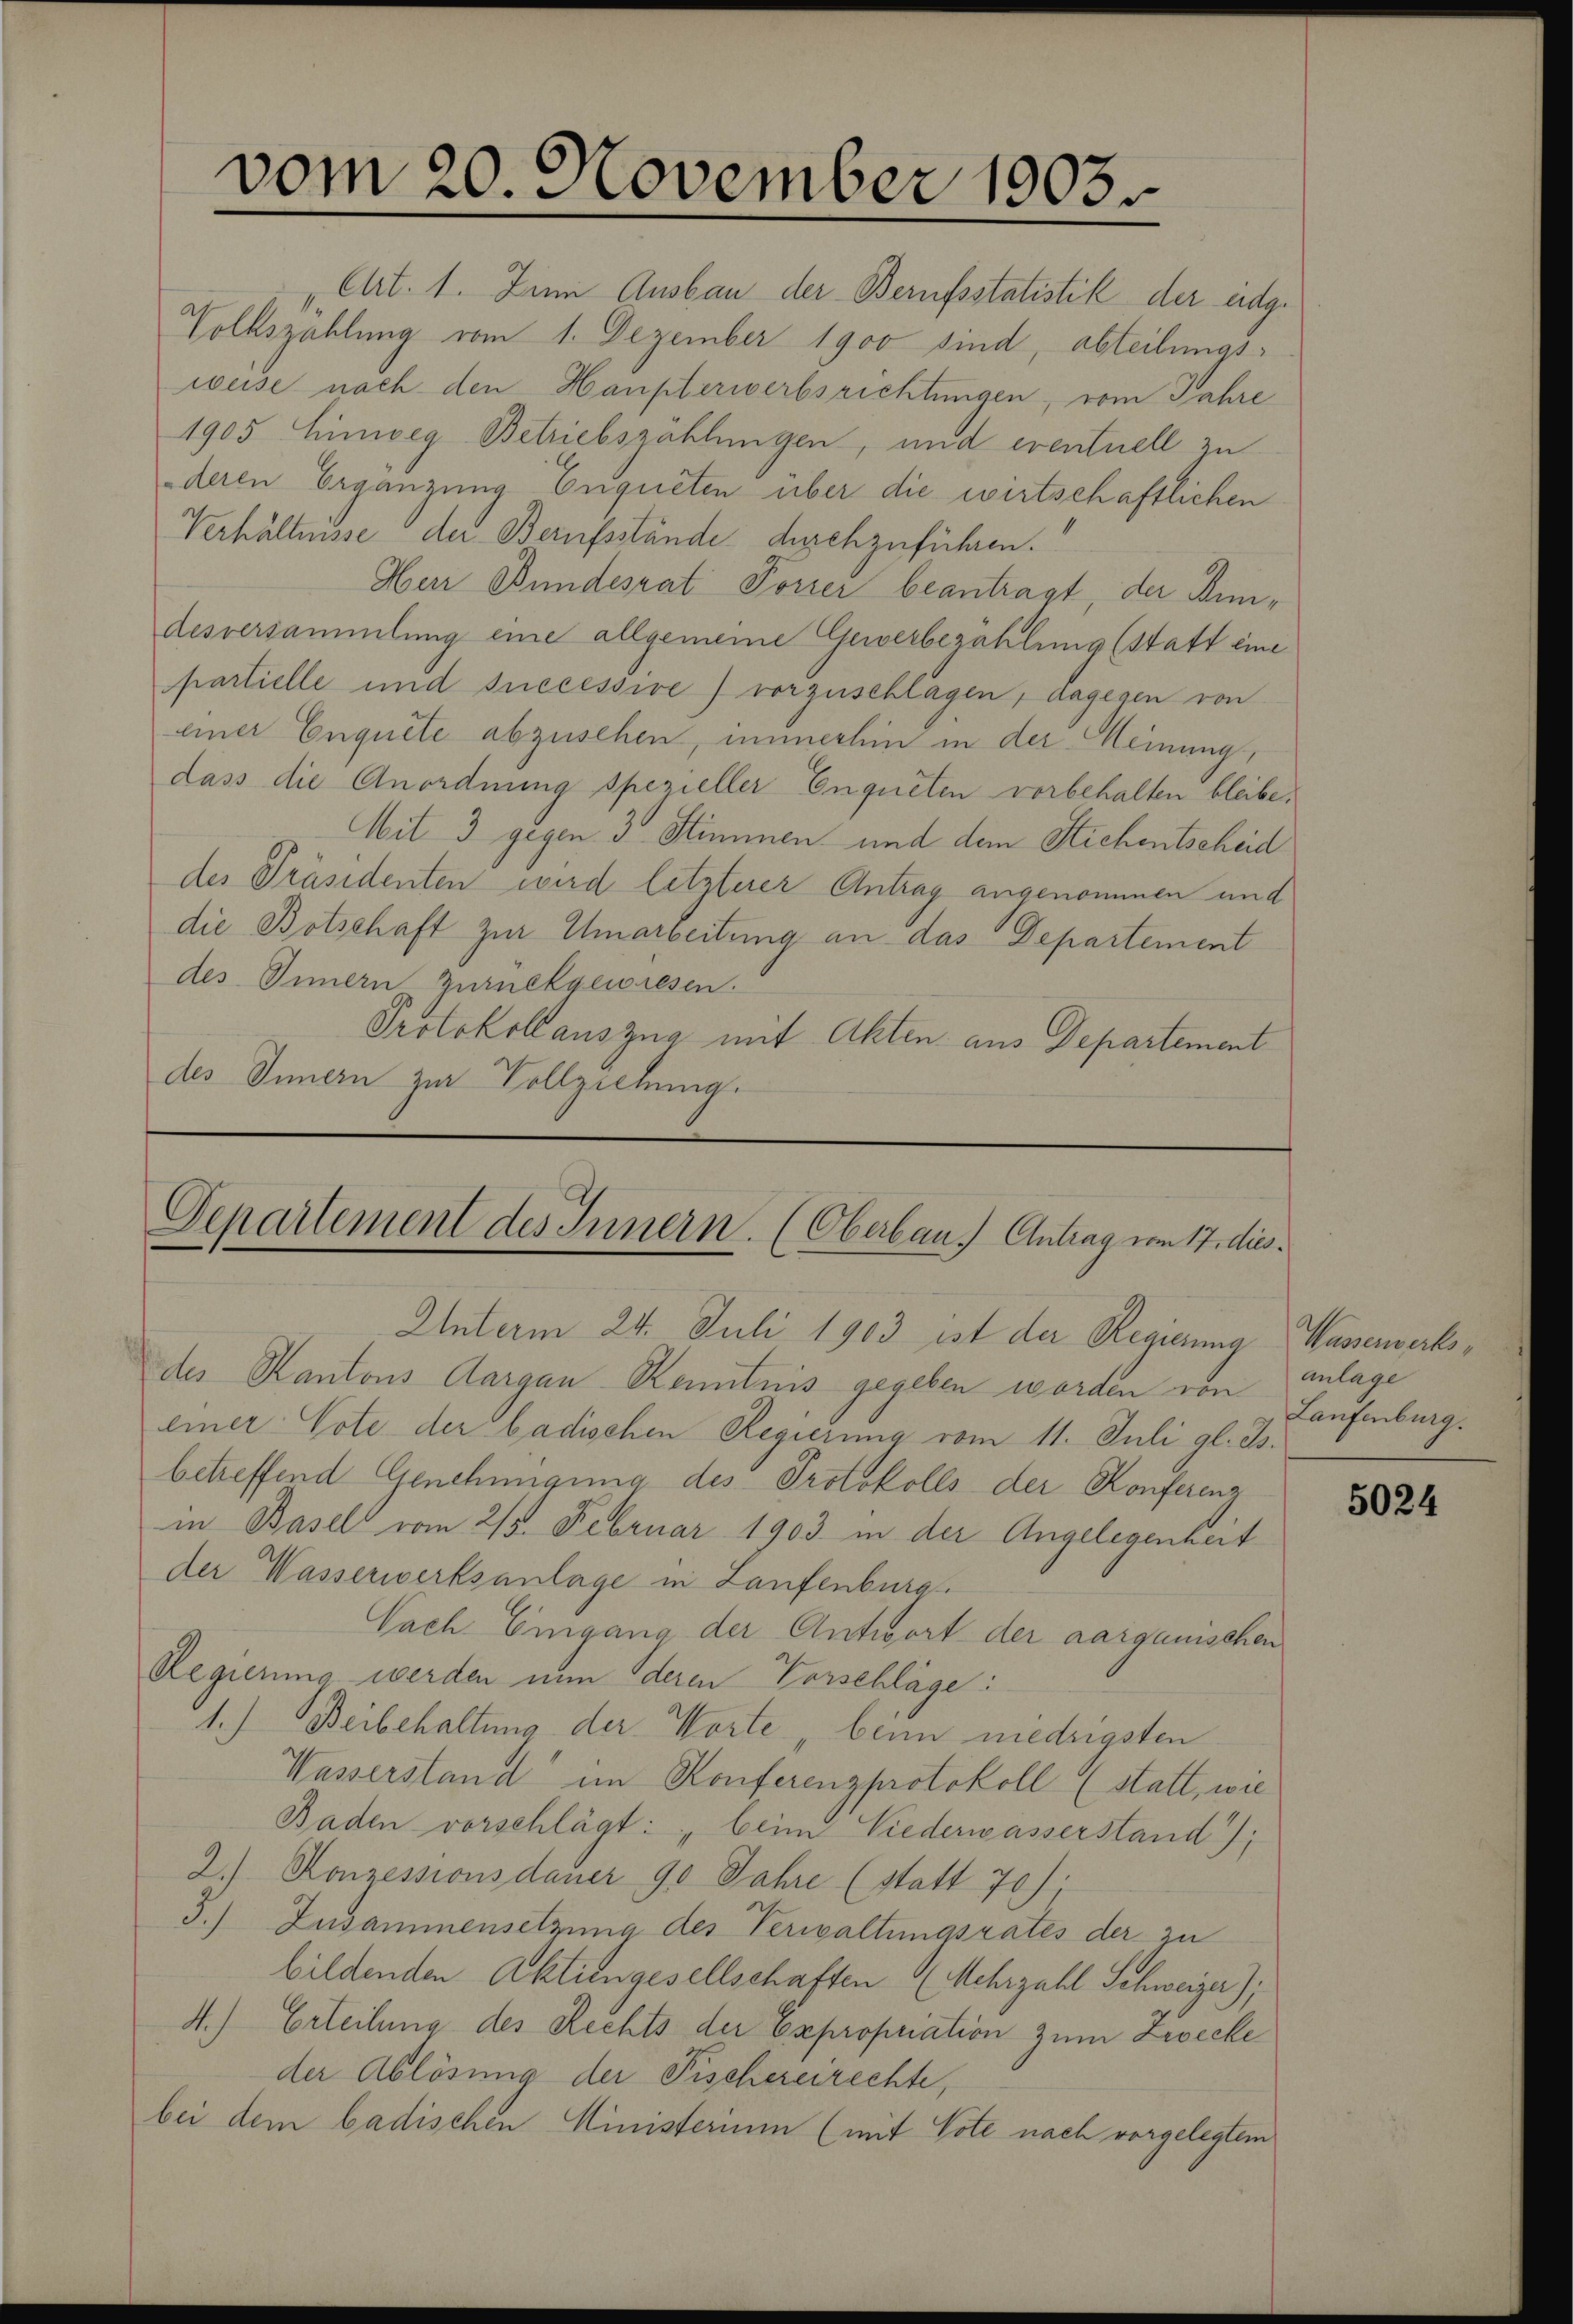
vom 20. November 1903.

Art. 1. Zum Ausbau der Berufsstatistik der eidge
Volkszählung vom 1. Dezember 1900 sind, abteilungsweise nach den Haupterwerbsrichtungen, vom Jahre
1905 Einweg Betriebszählungen, und eventuell zu
deren Ergänzung Enqueten über die wirtschaftlichen
Verhältnisse der Berufsstände durchzuführen.
Her Bundesrat Forrer beantragt, der Bundesversammlung eine allgemeine Gewerbezählung (statt eine
partielle und successive) vorzuschlagen, dagegen von
einer Enquete abzusehen, immerhin in der Meinung,
dass die Anordnung spezieller Enqueten vorbehalten bleibe.
Mit 3 gegen 3 Stimmen und dem Stichentscheid
des Präsidenten wird letzterer Antrag angenommen und
die Botschaft zur Umarbeitung an das Departement
des Innern zurückgewiesen.
Protokollauszug mit Akten aus Departement
des Innern zur Vollziehung.

Departement des Innern. (Oberbau. Antrag vom 17. dies¬
Unterm 24. Juli 1903 ist der Regierung Wasserwerks¬

des Kantons Aargau Kenntnis gegeben worden von Laufenburg.
einer Vote der badischen Regierung vom 11. Juli gl. Js.
betreffend Genehmigung des Protokolls der Konferenz
in Basel vom 2/3. Februar 1903 in der Angelegenheit
der Wasserwerksanlage in Laufenburg
Nach Eingang der Antwort der aargauischen
Regierung werden nun deren Vorschläge:
1.) Beibehaltung der Worte beim niedrigsten
Wasserstand im Konferenzprotokoll (statt, wie
Baden vorschlägt: „beim Niederwasserstand),
2.) Konzessionsdauer 90 Jahre (statt 70).
5.) Zusammensetzung des Verwaltungsrates der zu
bildenden Aktiengesellschaften Mehrzahl Schweizer),
4.) Erteilung des Rechts der Expropriation zum Zwecke
der Ablösung der Fischereirechte,
bei dem badischen Ministerium (mit Vote nach vorgelegtem

anlage

5024